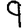
Digit: 9